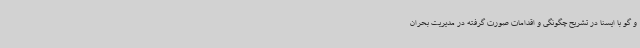
و گو با ایسنا در تشریح چگونگی و اقدامات صورت گرفته در مدیریت بحران